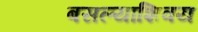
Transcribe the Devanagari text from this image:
बसल्याशिवय